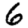
Digit: 6